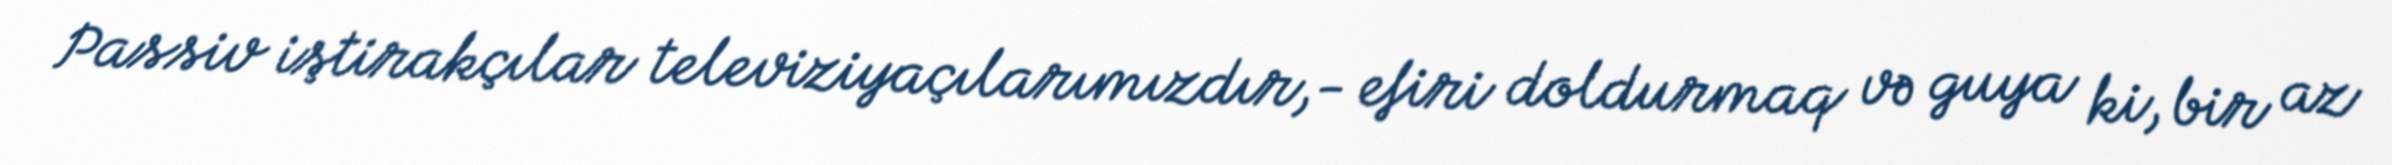
Passiv iştirakçılar televiziyaçılarımızdır,- efiri doldurmaq və guya ki, bir az